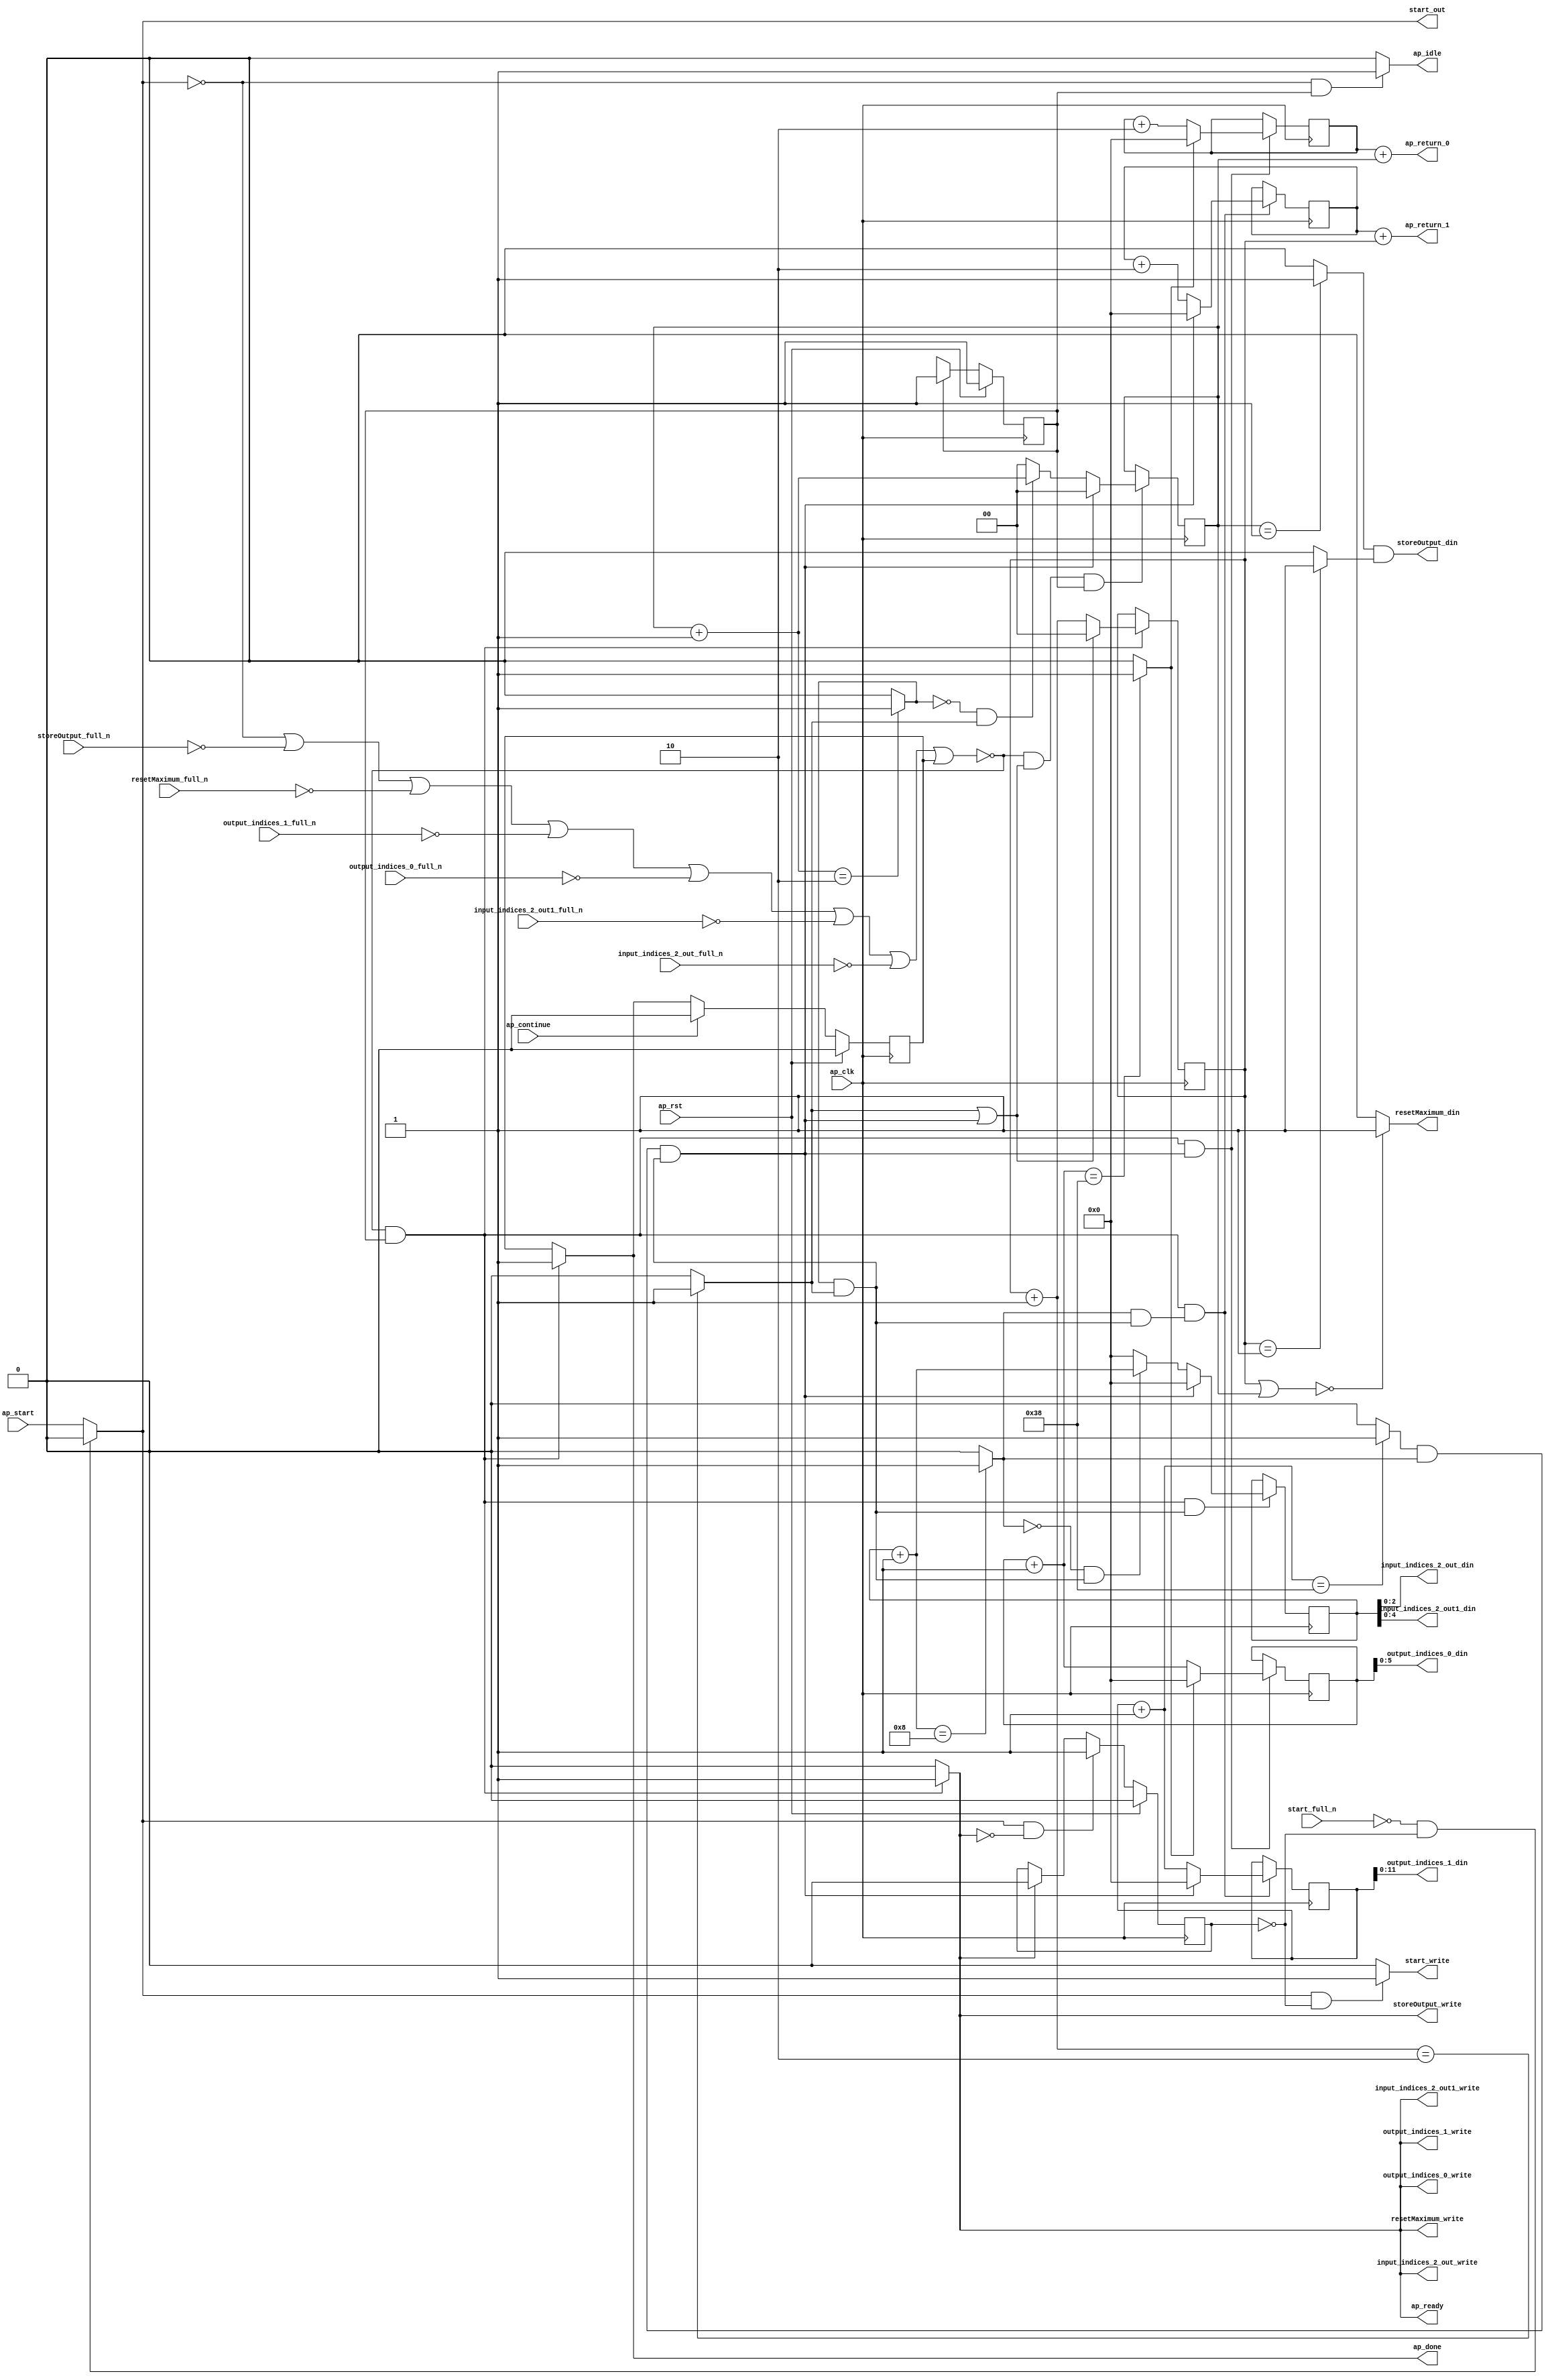
`define EXPONENT 5
`define MANTISSA 10
`define ACTUAL_MANTISSA 11
`define EXPONENT_LSB 10
`define EXPONENT_MSB 14
`define MANTISSA_LSB 0
`define MANTISSA_MSB 9
`define MANTISSA_MUL_SPLIT_LSB 3
`define MANTISSA_MUL_SPLIT_MSB 9
`define SIGN 1
`define SIGN_LOC 15
`define DWIDTH (`SIGN+`EXPONENT+`MANTISSA)
`define IEEE_COMPLIANCE 1

module td_fused_top_tdf2_get_next_ijk (
        ap_clk,
        ap_rst,
        ap_start,
        start_full_n,
        ap_done,
        ap_continue,
        ap_idle,
        ap_ready,
        start_out,
        start_write,
        input_indices_2_out_din,
        input_indices_2_out_full_n,
        input_indices_2_out_write,
        input_indices_2_out1_din,
        input_indices_2_out1_full_n,
        input_indices_2_out1_write,
        output_indices_0_din,
        output_indices_0_full_n,
        output_indices_0_write,
        output_indices_1_din,
        output_indices_1_full_n,
        output_indices_1_write,
        resetMaximum_din,
        resetMaximum_full_n,
        resetMaximum_write,
        storeOutput_din,
        storeOutput_full_n,
        storeOutput_write,
        ap_return_0,
        ap_return_1
);

parameter    ap_ST_fsm_state1 = 1'd1;

input   ap_clk;
input   ap_rst;
input   ap_start;
input   start_full_n;
output   ap_done;
input   ap_continue;
output   ap_idle;
output   ap_ready;
output   start_out;
output   start_write;
output  [2:0] input_indices_2_out_din;
input   input_indices_2_out_full_n;
output   input_indices_2_out_write;
output  [4:0] input_indices_2_out1_din;
input   input_indices_2_out1_full_n;
output   input_indices_2_out1_write;
output  [5:0] output_indices_0_din;
input   output_indices_0_full_n;
output   output_indices_0_write;
output  [11:0] output_indices_1_din;
input   output_indices_1_full_n;
output   output_indices_1_write;
output   resetMaximum_din;
input   resetMaximum_full_n;
output   resetMaximum_write;
output   storeOutput_din;
input   storeOutput_full_n;
output   storeOutput_write;
output  [15:0] ap_return_0;
output  [15:0] ap_return_1;

reg ap_done;
reg ap_idle;
reg start_write;
reg input_indices_2_out_write;
reg input_indices_2_out1_write;
reg output_indices_0_write;
reg output_indices_1_write;
reg resetMaximum_write;
reg storeOutput_write;

reg    real_start;
reg    start_once_reg;
reg    ap_done_reg;
  reg   [0:0] ap_CS_fsm;
wire    ap_CS_fsm_state1;
reg    internal_ap_ready;
reg   [1:0] i_p_2;
reg   [1:0] j_p_2;
reg   [15:0] i_6;
reg   [15:0] j_6;
reg   [15:0] k_6;
reg   [15:0] i_out_2;
reg   [15:0] j_out_2;
reg    input_indices_2_out_blk_n;
reg    input_indices_2_out1_blk_n;
reg    output_indices_0_blk_n;
reg    output_indices_1_blk_n;
reg    resetMaximum_blk_n;
reg    storeOutput_blk_n;
wire   [1:0] select_ln172_fu_344_p3;
reg    ap_block_state1;
wire   [0:0] or_ln172_fu_318_p2;
wire   [1:0] select_ln172_5_fu_352_p3;
wire   [15:0] select_ln177_fu_284_p3;
wire   [0:0] and_ln172_2_fu_312_p2;
wire   [15:0] select_ln172_6_fu_366_p3;
wire   [0:0] and_ln162_fu_360_p2;
wire   [15:0] select_ln172_7_fu_394_p3;
wire   [0:0] and_ln165_fu_300_p2;
wire   [15:0] select_ln177_2_fu_292_p3;
wire   [15:0] select_ln172_8_fu_402_p3;
wire   [1:0] or_ln154_fu_128_p2;
wire   [0:0] icmp_ln155_fu_141_p2;
wire   [0:0] icmp_ln155_2_fu_147_p2;
wire   [15:0] zext_ln156_fu_116_p1;
wire   [15:0] zext_ln157_fu_124_p1;
wire   [1:0] add_ln161_fu_212_p2;
wire   [1:0] add_ln164_fu_224_p2;
wire   [15:0] add_ln167_fu_236_p2;
wire   [15:0] add_ln171_fu_254_p2;
wire   [15:0] add_ln176_fu_272_p2;
wire   [0:0] icmp_ln177_fu_278_p2;
wire   [15:0] add_ln175_fu_266_p2;
wire   [0:0] icmp_ln162_fu_218_p2;
wire   [0:0] icmp_ln165_fu_230_p2;
wire   [0:0] icmp_ln168_fu_242_p2;
wire   [0:0] icmp_ln172_fu_260_p2;
wire   [0:0] and_ln172_fu_306_p2;
wire   [0:0] xor_ln165_fu_324_p2;
wire   [0:0] and_ln165_2_fu_330_p2;
wire   [1:0] select_ln165_fu_336_p3;
wire   [15:0] add_ln170_fu_248_p2;
wire   [0:0] xor_ln168_fu_374_p2;
wire   [0:0] and_ln168_fu_380_p2;
wire   [15:0] select_ln168_fu_386_p3;
wire   [15:0] add_ln156_fu_164_p2;
wire   [15:0] add_ln157_fu_174_p2;
reg   [0:0] ap_NS_fsm;
wire    ap_ce_reg;

// power-on initialization
initial begin
#0 start_once_reg = 1'b0;
#0 ap_done_reg = 1'b0;
#0 ap_CS_fsm = 1'd1;
#0 i_p_2 = 2'd0;
#0 j_p_2 = 2'd0;
#0 i_6 = 16'd0;
#0 j_6 = 16'd0;
#0 k_6 = 16'd0;
#0 i_out_2 = 16'd0;
#0 j_out_2 = 16'd0;
end

always @ (posedge ap_clk) begin
    if (ap_rst == 1'b1) begin
        ap_CS_fsm <= ap_ST_fsm_state1;
    end else begin
        ap_CS_fsm <= ap_NS_fsm;
    end
end

always @ (posedge ap_clk) begin
    if (ap_rst == 1'b1) begin
        ap_done_reg <= 1'b0;
    end else begin
        if ((ap_continue == 1'b1)) begin
            ap_done_reg <= 1'b0;
        end else if ((~((real_start == 1'b0) | (storeOutput_full_n == 1'b0) | (resetMaximum_full_n == 1'b0) | (output_indices_1_full_n == 1'b0) | (output_indices_0_full_n == 1'b0) | (input_indices_2_out1_full_n == 1'b0) | (input_indices_2_out_full_n == 1'b0) | (ap_done_reg == 1'b1)) & (1'b1 == ap_CS_fsm_state1))) begin
            ap_done_reg <= 1'b1;
        end
    end
end

always @ (posedge ap_clk) begin
    if (ap_rst == 1'b1) begin
        start_once_reg <= 1'b0;
    end else begin
        if (((real_start == 1'b1) & (internal_ap_ready == 1'b0))) begin
            start_once_reg <= 1'b1;
        end else if ((internal_ap_ready == 1'b1)) begin
            start_once_reg <= 1'b0;
        end
    end
end

always @ (posedge ap_clk) begin
    if ((~((real_start == 1'b0) | (storeOutput_full_n == 1'b0) | (resetMaximum_full_n == 1'b0) | (output_indices_1_full_n == 1'b0) | (output_indices_0_full_n == 1'b0) | (input_indices_2_out1_full_n == 1'b0) | (input_indices_2_out_full_n == 1'b0) | (ap_done_reg == 1'b1)) & (1'b1 == ap_CS_fsm_state1) & (1'd1 == and_ln172_2_fu_312_p2))) begin
        i_6 <= select_ln177_fu_284_p3;
        i_out_2 <= select_ln177_2_fu_292_p3;
    end
end

always @ (posedge ap_clk) begin
    if ((~((real_start == 1'b0) | (storeOutput_full_n == 1'b0) | (resetMaximum_full_n == 1'b0) | (output_indices_1_full_n == 1'b0) | (output_indices_0_full_n == 1'b0) | (input_indices_2_out1_full_n == 1'b0) | (input_indices_2_out_full_n == 1'b0) | (ap_done_reg == 1'b1)) & (or_ln172_fu_318_p2 == 1'd1) & (1'b1 == ap_CS_fsm_state1))) begin
        i_p_2 <= select_ln172_fu_344_p3;
    end
end

always @ (posedge ap_clk) begin
    if ((~((real_start == 1'b0) | (storeOutput_full_n == 1'b0) | (resetMaximum_full_n == 1'b0) | (output_indices_1_full_n == 1'b0) | (output_indices_0_full_n == 1'b0) | (input_indices_2_out1_full_n == 1'b0) | (input_indices_2_out_full_n == 1'b0) | (ap_done_reg == 1'b1)) & (1'b1 == ap_CS_fsm_state1) & (1'd1 == and_ln162_fu_360_p2))) begin
        j_6 <= select_ln172_6_fu_366_p3;
        j_out_2 <= select_ln172_8_fu_402_p3;
    end
end

always @ (posedge ap_clk) begin
    if ((~((real_start == 1'b0) | (storeOutput_full_n == 1'b0) | (resetMaximum_full_n == 1'b0) | (output_indices_1_full_n == 1'b0) | (output_indices_0_full_n == 1'b0) | (input_indices_2_out1_full_n == 1'b0) | (input_indices_2_out_full_n == 1'b0) | (ap_done_reg == 1'b1)) & (1'b1 == ap_CS_fsm_state1))) begin
        j_p_2 <= select_ln172_5_fu_352_p3;
    end
end

always @ (posedge ap_clk) begin
    if ((~((real_start == 1'b0) | (storeOutput_full_n == 1'b0) | (resetMaximum_full_n == 1'b0) | (output_indices_1_full_n == 1'b0) | (output_indices_0_full_n == 1'b0) | (input_indices_2_out1_full_n == 1'b0) | (input_indices_2_out_full_n == 1'b0) | (ap_done_reg == 1'b1)) & (1'b1 == ap_CS_fsm_state1) & (1'd1 == and_ln165_fu_300_p2))) begin
        k_6 <= select_ln172_7_fu_394_p3;
    end
end

always @ (*) begin
    if ((~((real_start == 1'b0) | (storeOutput_full_n == 1'b0) | (resetMaximum_full_n == 1'b0) | (output_indices_1_full_n == 1'b0) | (output_indices_0_full_n == 1'b0) | (input_indices_2_out1_full_n == 1'b0) | (input_indices_2_out_full_n == 1'b0) | (ap_done_reg == 1'b1)) & (1'b1 == ap_CS_fsm_state1))) begin
        ap_done = 1'b1;
    end else begin
        ap_done = ap_done_reg;
    end
end

always @ (*) begin
    if (((real_start == 1'b0) & (1'b1 == ap_CS_fsm_state1))) begin
        ap_idle = 1'b1;
    end else begin
        ap_idle = 1'b0;
    end
end

always @ (*) begin
    if ((~((real_start == 1'b0) | (ap_done_reg == 1'b1)) & (1'b1 == ap_CS_fsm_state1))) begin
        input_indices_2_out1_blk_n = input_indices_2_out1_full_n;
    end else begin
        input_indices_2_out1_blk_n = 1'b1;
    end
end

always @ (*) begin
    if ((~((real_start == 1'b0) | (storeOutput_full_n == 1'b0) | (resetMaximum_full_n == 1'b0) | (output_indices_1_full_n == 1'b0) | (output_indices_0_full_n == 1'b0) | (input_indices_2_out1_full_n == 1'b0) | (input_indices_2_out_full_n == 1'b0) | (ap_done_reg == 1'b1)) & (1'b1 == ap_CS_fsm_state1))) begin
        input_indices_2_out1_write = 1'b1;
    end else begin
        input_indices_2_out1_write = 1'b0;
    end
end

always @ (*) begin
    if ((~((real_start == 1'b0) | (ap_done_reg == 1'b1)) & (1'b1 == ap_CS_fsm_state1))) begin
        input_indices_2_out_blk_n = input_indices_2_out_full_n;
    end else begin
        input_indices_2_out_blk_n = 1'b1;
    end
end

always @ (*) begin
    if ((~((real_start == 1'b0) | (storeOutput_full_n == 1'b0) | (resetMaximum_full_n == 1'b0) | (output_indices_1_full_n == 1'b0) | (output_indices_0_full_n == 1'b0) | (input_indices_2_out1_full_n == 1'b0) | (input_indices_2_out_full_n == 1'b0) | (ap_done_reg == 1'b1)) & (1'b1 == ap_CS_fsm_state1))) begin
        input_indices_2_out_write = 1'b1;
    end else begin
        input_indices_2_out_write = 1'b0;
    end
end

always @ (*) begin
    if ((~((real_start == 1'b0) | (storeOutput_full_n == 1'b0) | (resetMaximum_full_n == 1'b0) | (output_indices_1_full_n == 1'b0) | (output_indices_0_full_n == 1'b0) | (input_indices_2_out1_full_n == 1'b0) | (input_indices_2_out_full_n == 1'b0) | (ap_done_reg == 1'b1)) & (1'b1 == ap_CS_fsm_state1))) begin
        internal_ap_ready = 1'b1;
    end else begin
        internal_ap_ready = 1'b0;
    end
end

always @ (*) begin
    if ((~((real_start == 1'b0) | (ap_done_reg == 1'b1)) & (1'b1 == ap_CS_fsm_state1))) begin
        output_indices_0_blk_n = output_indices_0_full_n;
    end else begin
        output_indices_0_blk_n = 1'b1;
    end
end

always @ (*) begin
    if ((~((real_start == 1'b0) | (storeOutput_full_n == 1'b0) | (resetMaximum_full_n == 1'b0) | (output_indices_1_full_n == 1'b0) | (output_indices_0_full_n == 1'b0) | (input_indices_2_out1_full_n == 1'b0) | (input_indices_2_out_full_n == 1'b0) | (ap_done_reg == 1'b1)) & (1'b1 == ap_CS_fsm_state1))) begin
        output_indices_0_write = 1'b1;
    end else begin
        output_indices_0_write = 1'b0;
    end
end

always @ (*) begin
    if ((~((real_start == 1'b0) | (ap_done_reg == 1'b1)) & (1'b1 == ap_CS_fsm_state1))) begin
        output_indices_1_blk_n = output_indices_1_full_n;
    end else begin
        output_indices_1_blk_n = 1'b1;
    end
end

always @ (*) begin
    if ((~((real_start == 1'b0) | (storeOutput_full_n == 1'b0) | (resetMaximum_full_n == 1'b0) | (output_indices_1_full_n == 1'b0) | (output_indices_0_full_n == 1'b0) | (input_indices_2_out1_full_n == 1'b0) | (input_indices_2_out_full_n == 1'b0) | (ap_done_reg == 1'b1)) & (1'b1 == ap_CS_fsm_state1))) begin
        output_indices_1_write = 1'b1;
    end else begin
        output_indices_1_write = 1'b0;
    end
end

always @ (*) begin
    if (((start_full_n == 1'b0) & (start_once_reg == 1'b0))) begin
        real_start = 1'b0;
    end else begin
        real_start = ap_start;
    end
end

always @ (*) begin
    if ((~((real_start == 1'b0) | (ap_done_reg == 1'b1)) & (1'b1 == ap_CS_fsm_state1))) begin
        resetMaximum_blk_n = resetMaximum_full_n;
    end else begin
        resetMaximum_blk_n = 1'b1;
    end
end

always @ (*) begin
    if ((~((real_start == 1'b0) | (storeOutput_full_n == 1'b0) | (resetMaximum_full_n == 1'b0) | (output_indices_1_full_n == 1'b0) | (output_indices_0_full_n == 1'b0) | (input_indices_2_out1_full_n == 1'b0) | (input_indices_2_out_full_n == 1'b0) | (ap_done_reg == 1'b1)) & (1'b1 == ap_CS_fsm_state1))) begin
        resetMaximum_write = 1'b1;
    end else begin
        resetMaximum_write = 1'b0;
    end
end

always @ (*) begin
    if (((real_start == 1'b1) & (start_once_reg == 1'b0))) begin
        start_write = 1'b1;
    end else begin
        start_write = 1'b0;
    end
end

always @ (*) begin
    if ((~((real_start == 1'b0) | (ap_done_reg == 1'b1)) & (1'b1 == ap_CS_fsm_state1))) begin
        storeOutput_blk_n = storeOutput_full_n;
    end else begin
        storeOutput_blk_n = 1'b1;
    end
end

always @ (*) begin
    if ((~((real_start == 1'b0) | (storeOutput_full_n == 1'b0) | (resetMaximum_full_n == 1'b0) | (output_indices_1_full_n == 1'b0) | (output_indices_0_full_n == 1'b0) | (input_indices_2_out1_full_n == 1'b0) | (input_indices_2_out_full_n == 1'b0) | (ap_done_reg == 1'b1)) & (1'b1 == ap_CS_fsm_state1))) begin
        storeOutput_write = 1'b1;
    end else begin
        storeOutput_write = 1'b0;
    end
end

always @ (*) begin
    case (ap_CS_fsm)
        ap_ST_fsm_state1 : begin
            ap_NS_fsm = ap_ST_fsm_state1;
        end
        default : begin
            ap_NS_fsm = 'bx;
        end
    endcase
end

assign add_ln156_fu_164_p2 = (i_6 + zext_ln156_fu_116_p1);

assign add_ln157_fu_174_p2 = (j_6 + zext_ln157_fu_124_p1);

assign add_ln161_fu_212_p2 = (j_p_2 + 2'd1);

assign add_ln164_fu_224_p2 = (i_p_2 + 2'd1);

assign add_ln167_fu_236_p2 = (k_6 + 16'd1);

assign add_ln170_fu_248_p2 = (j_6 + 16'd2);

assign add_ln171_fu_254_p2 = (j_out_2 + 16'd1);

assign add_ln175_fu_266_p2 = (i_6 + 16'd2);

assign add_ln176_fu_272_p2 = (i_out_2 + 16'd1);

assign and_ln162_fu_360_p2 = (icmp_ln168_fu_242_p2 & and_ln165_fu_300_p2);

assign and_ln165_2_fu_330_p2 = (xor_ln165_fu_324_p2 & icmp_ln162_fu_218_p2);

assign and_ln165_fu_300_p2 = (icmp_ln165_fu_230_p2 & icmp_ln162_fu_218_p2);

assign and_ln168_fu_380_p2 = (xor_ln168_fu_374_p2 & and_ln165_fu_300_p2);

assign and_ln172_2_fu_312_p2 = (and_ln172_fu_306_p2 & and_ln165_fu_300_p2);

assign and_ln172_fu_306_p2 = (icmp_ln172_fu_260_p2 & icmp_ln168_fu_242_p2);

assign ap_CS_fsm_state1 = ap_CS_fsm[32'd0];

always @ (*) begin
    ap_block_state1 = ((real_start == 1'b0) | (storeOutput_full_n == 1'b0) | (resetMaximum_full_n == 1'b0) | (output_indices_1_full_n == 1'b0) | (output_indices_0_full_n == 1'b0) | (input_indices_2_out1_full_n == 1'b0) | (input_indices_2_out_full_n == 1'b0) | (ap_done_reg == 1'b1));
end

assign ap_ready = internal_ap_ready;

assign ap_return_0 = add_ln156_fu_164_p2;

assign ap_return_1 = add_ln157_fu_174_p2;

assign icmp_ln155_2_fu_147_p2 = ((j_p_2 == 2'd1) ? 1'b1 : 1'b0);

assign icmp_ln155_fu_141_p2 = ((i_p_2 == 2'd1) ? 1'b1 : 1'b0);

assign icmp_ln162_fu_218_p2 = ((add_ln161_fu_212_p2 == 2'd2) ? 1'b1 : 1'b0);

assign icmp_ln165_fu_230_p2 = ((add_ln164_fu_224_p2 == 2'd2) ? 1'b1 : 1'b0);

assign icmp_ln168_fu_242_p2 = ((add_ln167_fu_236_p2 == 16'd8) ? 1'b1 : 1'b0);

assign icmp_ln172_fu_260_p2 = ((add_ln171_fu_254_p2 == 16'd56) ? 1'b1 : 1'b0);

assign icmp_ln177_fu_278_p2 = ((add_ln176_fu_272_p2 == 16'd56) ? 1'b1 : 1'b0);

assign input_indices_2_out1_din = k_6[4:0];

assign input_indices_2_out_din = k_6[2:0];

assign or_ln154_fu_128_p2 = (j_p_2 | i_p_2);

assign or_ln172_fu_318_p2 = (icmp_ln162_fu_218_p2 | and_ln172_2_fu_312_p2);

assign output_indices_0_din = i_out_2[5:0];

assign output_indices_1_din = j_out_2[11:0];

assign resetMaximum_din = ((or_ln154_fu_128_p2 == 2'd0) ? 1'b1 : 1'b0);

assign select_ln165_fu_336_p3 = ((and_ln165_2_fu_330_p2[0:0] == 1'b1) ? add_ln164_fu_224_p2 : 2'd0);

assign select_ln168_fu_386_p3 = ((and_ln168_fu_380_p2[0:0] == 1'b1) ? add_ln167_fu_236_p2 : 16'd0);

assign select_ln172_5_fu_352_p3 = ((or_ln172_fu_318_p2[0:0] == 1'b1) ? 2'd0 : add_ln161_fu_212_p2);

assign select_ln172_6_fu_366_p3 = ((and_ln172_2_fu_312_p2[0:0] == 1'b1) ? 16'd0 : add_ln170_fu_248_p2);

assign select_ln172_7_fu_394_p3 = ((and_ln172_2_fu_312_p2[0:0] == 1'b1) ? 16'd0 : select_ln168_fu_386_p3);

assign select_ln172_8_fu_402_p3 = ((and_ln172_2_fu_312_p2[0:0] == 1'b1) ? 16'd0 : add_ln171_fu_254_p2);

assign select_ln172_fu_344_p3 = ((and_ln172_2_fu_312_p2[0:0] == 1'b1) ? 2'd0 : select_ln165_fu_336_p3);

assign select_ln177_2_fu_292_p3 = ((icmp_ln177_fu_278_p2[0:0] == 1'b1) ? 16'd0 : add_ln176_fu_272_p2);

assign select_ln177_fu_284_p3 = ((icmp_ln177_fu_278_p2[0:0] == 1'b1) ? 16'd0 : add_ln175_fu_266_p2);

assign start_out = real_start;

assign storeOutput_din = (icmp_ln155_fu_141_p2 & icmp_ln155_2_fu_147_p2);

assign xor_ln165_fu_324_p2 = (icmp_ln165_fu_230_p2 ^ 1'd1);

assign xor_ln168_fu_374_p2 = (icmp_ln168_fu_242_p2 ^ 1'd1);

assign zext_ln156_fu_116_p1 = i_p_2;

assign zext_ln157_fu_124_p1 = j_p_2;

endmodule //td_fused_top_tdf2_get_next_ijk